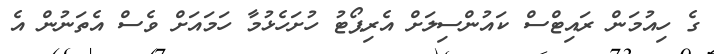
ގެ ހިއުމަން ރައިޓްސް ކައުންސިލަށް އެރިޕޯޓު ހުށަހެޅުމާ ހަމައަށް ވެސް އެތަނުން އެ